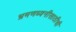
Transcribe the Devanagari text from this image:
भ्रमणध्वनीसाठीची